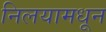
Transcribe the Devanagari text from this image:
निलयामधून